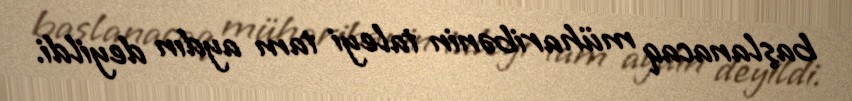
başlanacaq müharibənin taleyi tam aydın deyildi.